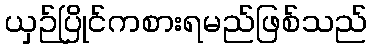
ယှဉ်ပြိုင်ကစားရမည်ဖြစ်သည်